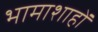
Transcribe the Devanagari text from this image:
भामाशाहों